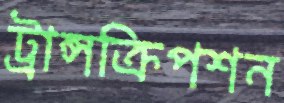
ট্রান্সক্রিপশন